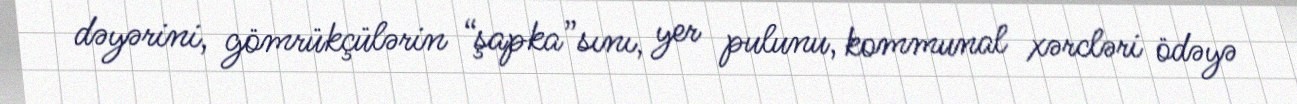
dəyərini, gömrükçülərin “şapka”sını, yer pulunu, kommunal xərcləri ödəyə